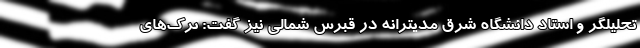
تحلیلگر و استاد دانشگاه شرق مدیترانه در قبرس شمالی نیز گفت: ترک‌های